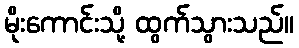
မိုးကောင်းသို့ ထွက်သွားသည်။